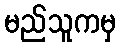
မည်သူကမှ